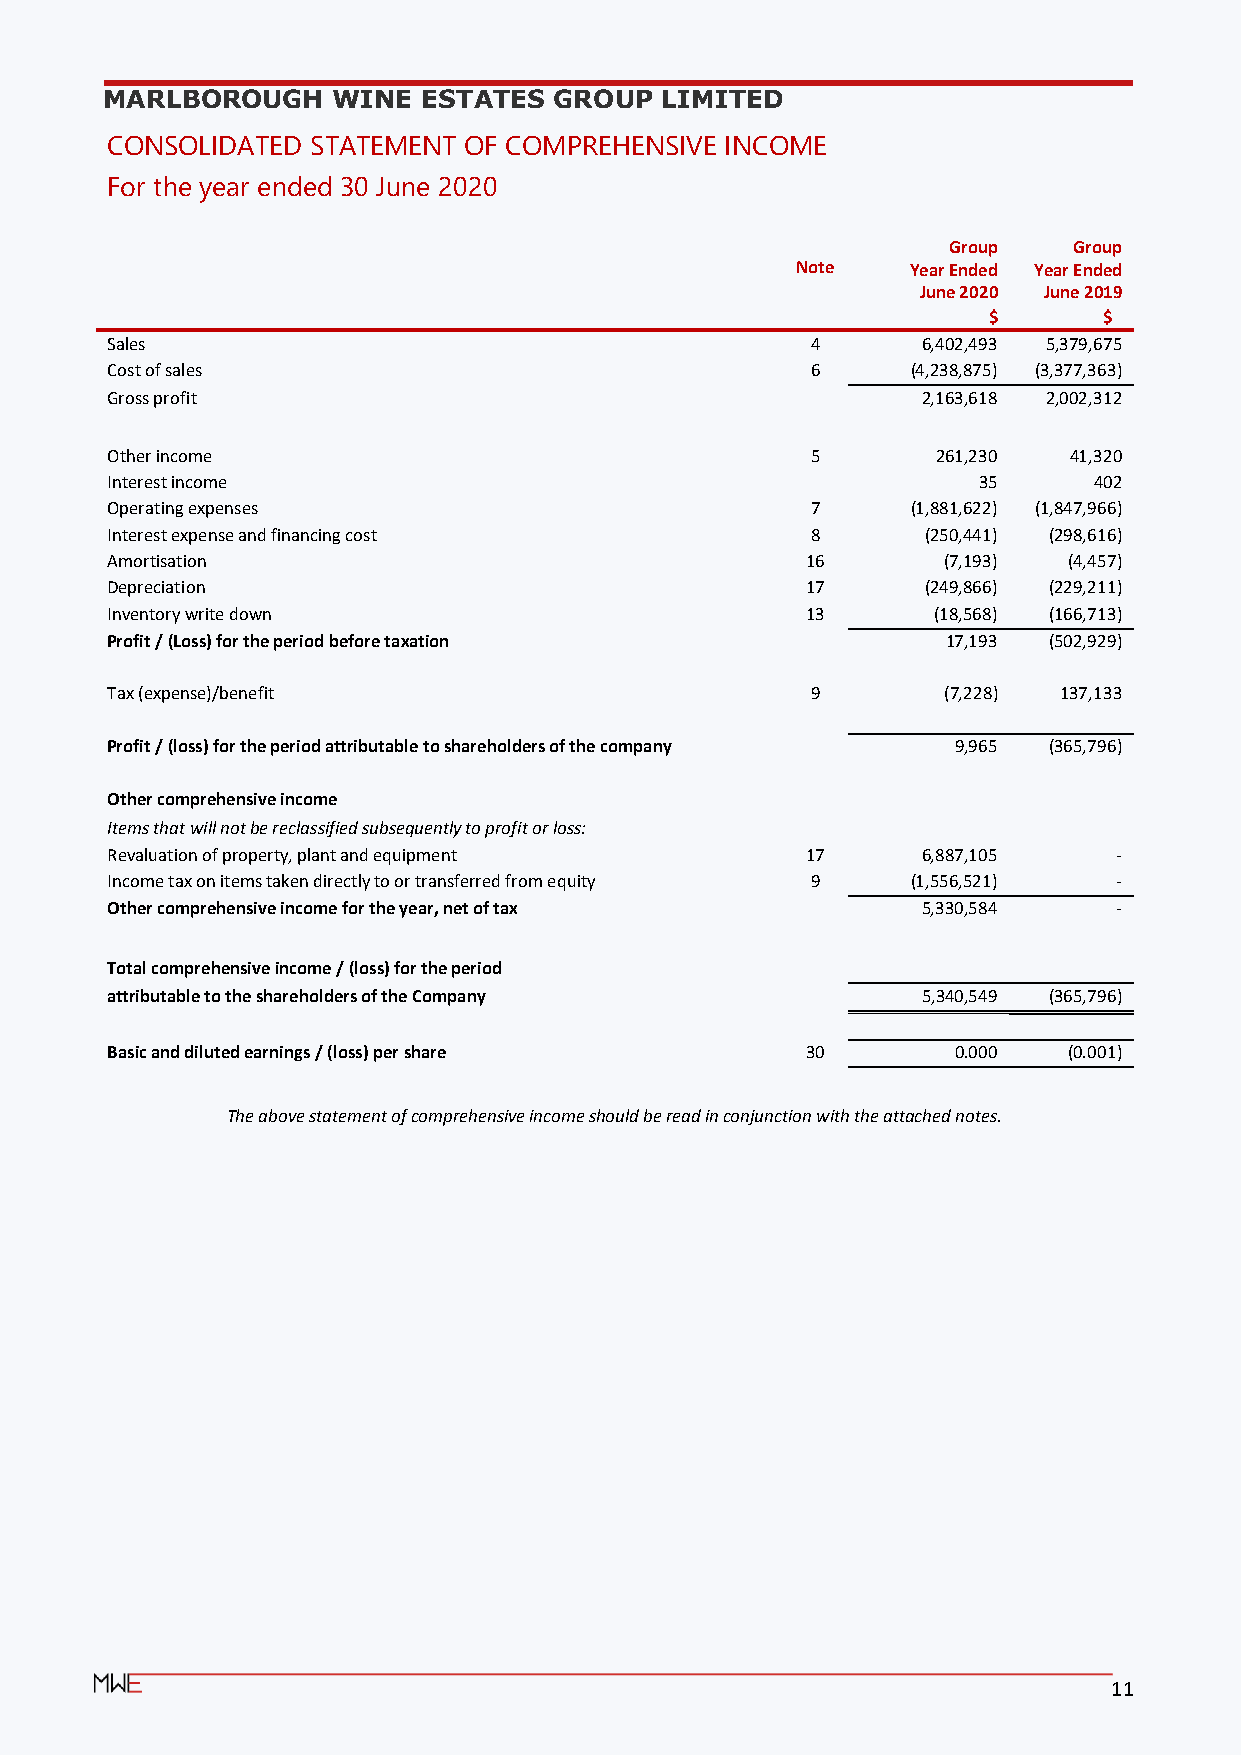
MARLBOROUGH    WINE  ESTATES  GROUP  LIMITED
 CONSOLIDATED  STATEMENT OF COMPREHENSIVE INCOME
 For the year ended 30 June 2020
 Group   Group
 Note   Year Ended Year Ended
 June 2020 June 2019
 $       $
 Sales                                          4      6,402,493 5,379,675
 Cost of sales                                  6     (4,238,875) (3,377,363)
 Gross profit                                          2,163,618 2,002,312
 Other income                                   5       261,230  41,320
 Interest income                                           35     402
 Operating expenses                             7     (1,881,622) (1,847,966)
 Interest expense and financing cost            8      (250,441) (298,616)
 Amortisation                                  16       (7,193)  (4,457)
 Depreciation                                  17      (249,866) (229,211)
 Inventory write down                          13       (18,568) (166,713)
 Profit / (Loss) for the period before taxation          17,193 (502,929)
 Tax (expense)/benefit                          9       (7,228) 137,133
 Profit / (loss) for the period attributable to shareholders of the company 9,965 (365,796)
 Other comprehensive income
 Items that will not be reclassified subsequently to profit or loss:
 Revaluation of property, plant and equipment  17      6,887,105    -
 Income tax on items taken directly to or transferred from equity 9 (1,556,521) -
 Other comprehensive income for the year, net of tax   5,330,584    -
 Total comprehensive income / (loss) for the period
 attributable to the shareholders of the Company       5,340,549 (365,796)
 Basic and diluted earnings / (loss) per share 30        0.000   (0.001)
 The above statement of comprehensive income should be read in conjunction with the attached notes.
 11